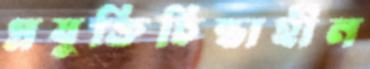
প্রযুক্তিচিন্তাহীন